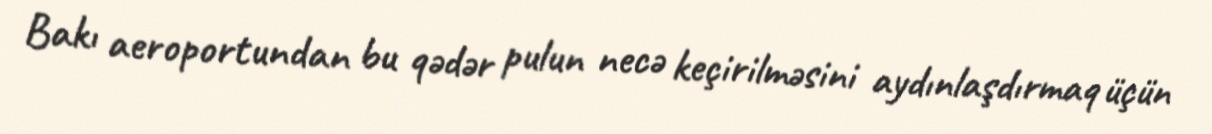
Bakı aeroportundan bu qədər pulun necə keçirilməsini aydınlaşdırmaq üçün